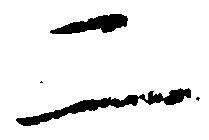
二